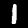
Digit: 1